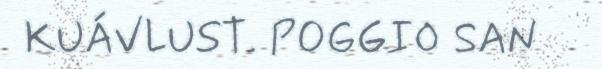
KUÁVLUST. POGGIO SAN